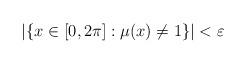
LaTeX: \begin{align*}\left | \{ x\in[0,2\pi]:\mu(x)\not =1 \} \right | <\varepsilon\end{align*}